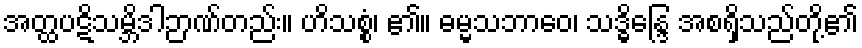
အတ္ထပဋိသမ္ဘိဒါဉာဏ်တည်း။ ဟိသစ္စံ၊ ၏။ ဓမ္မသဘာဝေ၊ သဒ္ဓိန္ဒြေ အစရှိသည်တို့၏